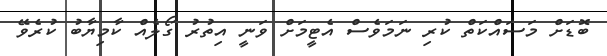
ބޮޑަށް މަސައްކަތް ކުރި ނަމަވެސް އެޓީމަށް ވަނީ އިތުރު ގޯލެއް ކާމިޔާބު ކުރެވޭ